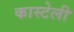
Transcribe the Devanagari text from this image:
कास्टेली